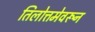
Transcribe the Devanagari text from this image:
तिलोत्तमेवरून